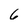
Character: 6